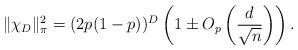
LaTeX: \begin{align*} \|\chi_D\|_\pi^2 = (2p(1-p))^D \left(1 \pm O_p\left(\frac{d}{\sqrt{n}}\right)\right).\end{align*}